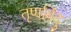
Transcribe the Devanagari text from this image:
तृणबिंदु